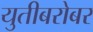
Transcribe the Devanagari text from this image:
युतीबरोबर